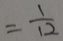
= \frac { 1 } { 1 2 }